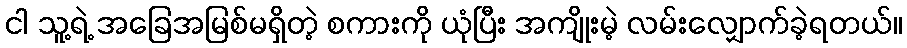
ငါ သူ့ရဲ့ အခြေအမြစ်မရှိတဲ့ စကားကို ယုံပြီး အကျိုးမဲ့ လမ်းလျှောက်ခဲ့ရတယ်။